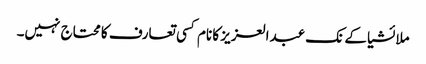
ملائشیا کے نک عبدالعزیز کا نام کسی تعارف کا محتاج نہیں۔